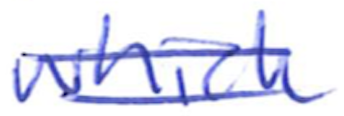
Text: which
Cross-out: double-line
Writing tool: ballpoint